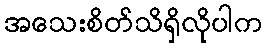
အသေးစိတ်သိရှိလိုပါက